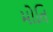
મોતિ